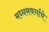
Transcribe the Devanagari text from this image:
मध्यमवर्गाचे